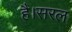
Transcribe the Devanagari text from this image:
है।सरल